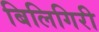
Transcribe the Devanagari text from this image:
बिलिगिरी